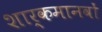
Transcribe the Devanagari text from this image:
शार्कमानवों